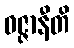
ဝဇ္ဇာနီတိ